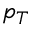
p _ { T }